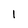
Character: 1